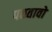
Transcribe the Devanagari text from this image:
पछतावो